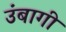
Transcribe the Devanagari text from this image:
उंबागी